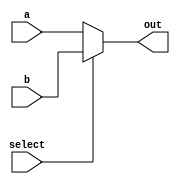
module mux5(out, a, b, select);

output reg [4:0] out;
input [4:0] a, b;
input select;

always @ (select, a, b)
begin
	if (select == 0)
		out = a;
	else
		out = b;
end 

endmodule